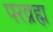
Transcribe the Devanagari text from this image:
परव्रह्म